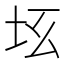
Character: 𡉬